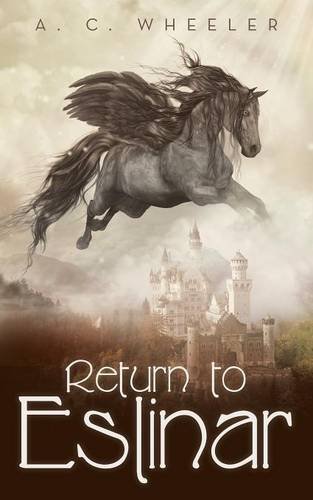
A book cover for Return to Eslinar; A. C. Wheeler; Science Fiction & Fantasy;